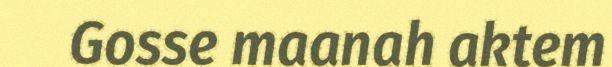
Gosse maanah aktem